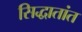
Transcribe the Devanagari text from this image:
सिद्धातांत